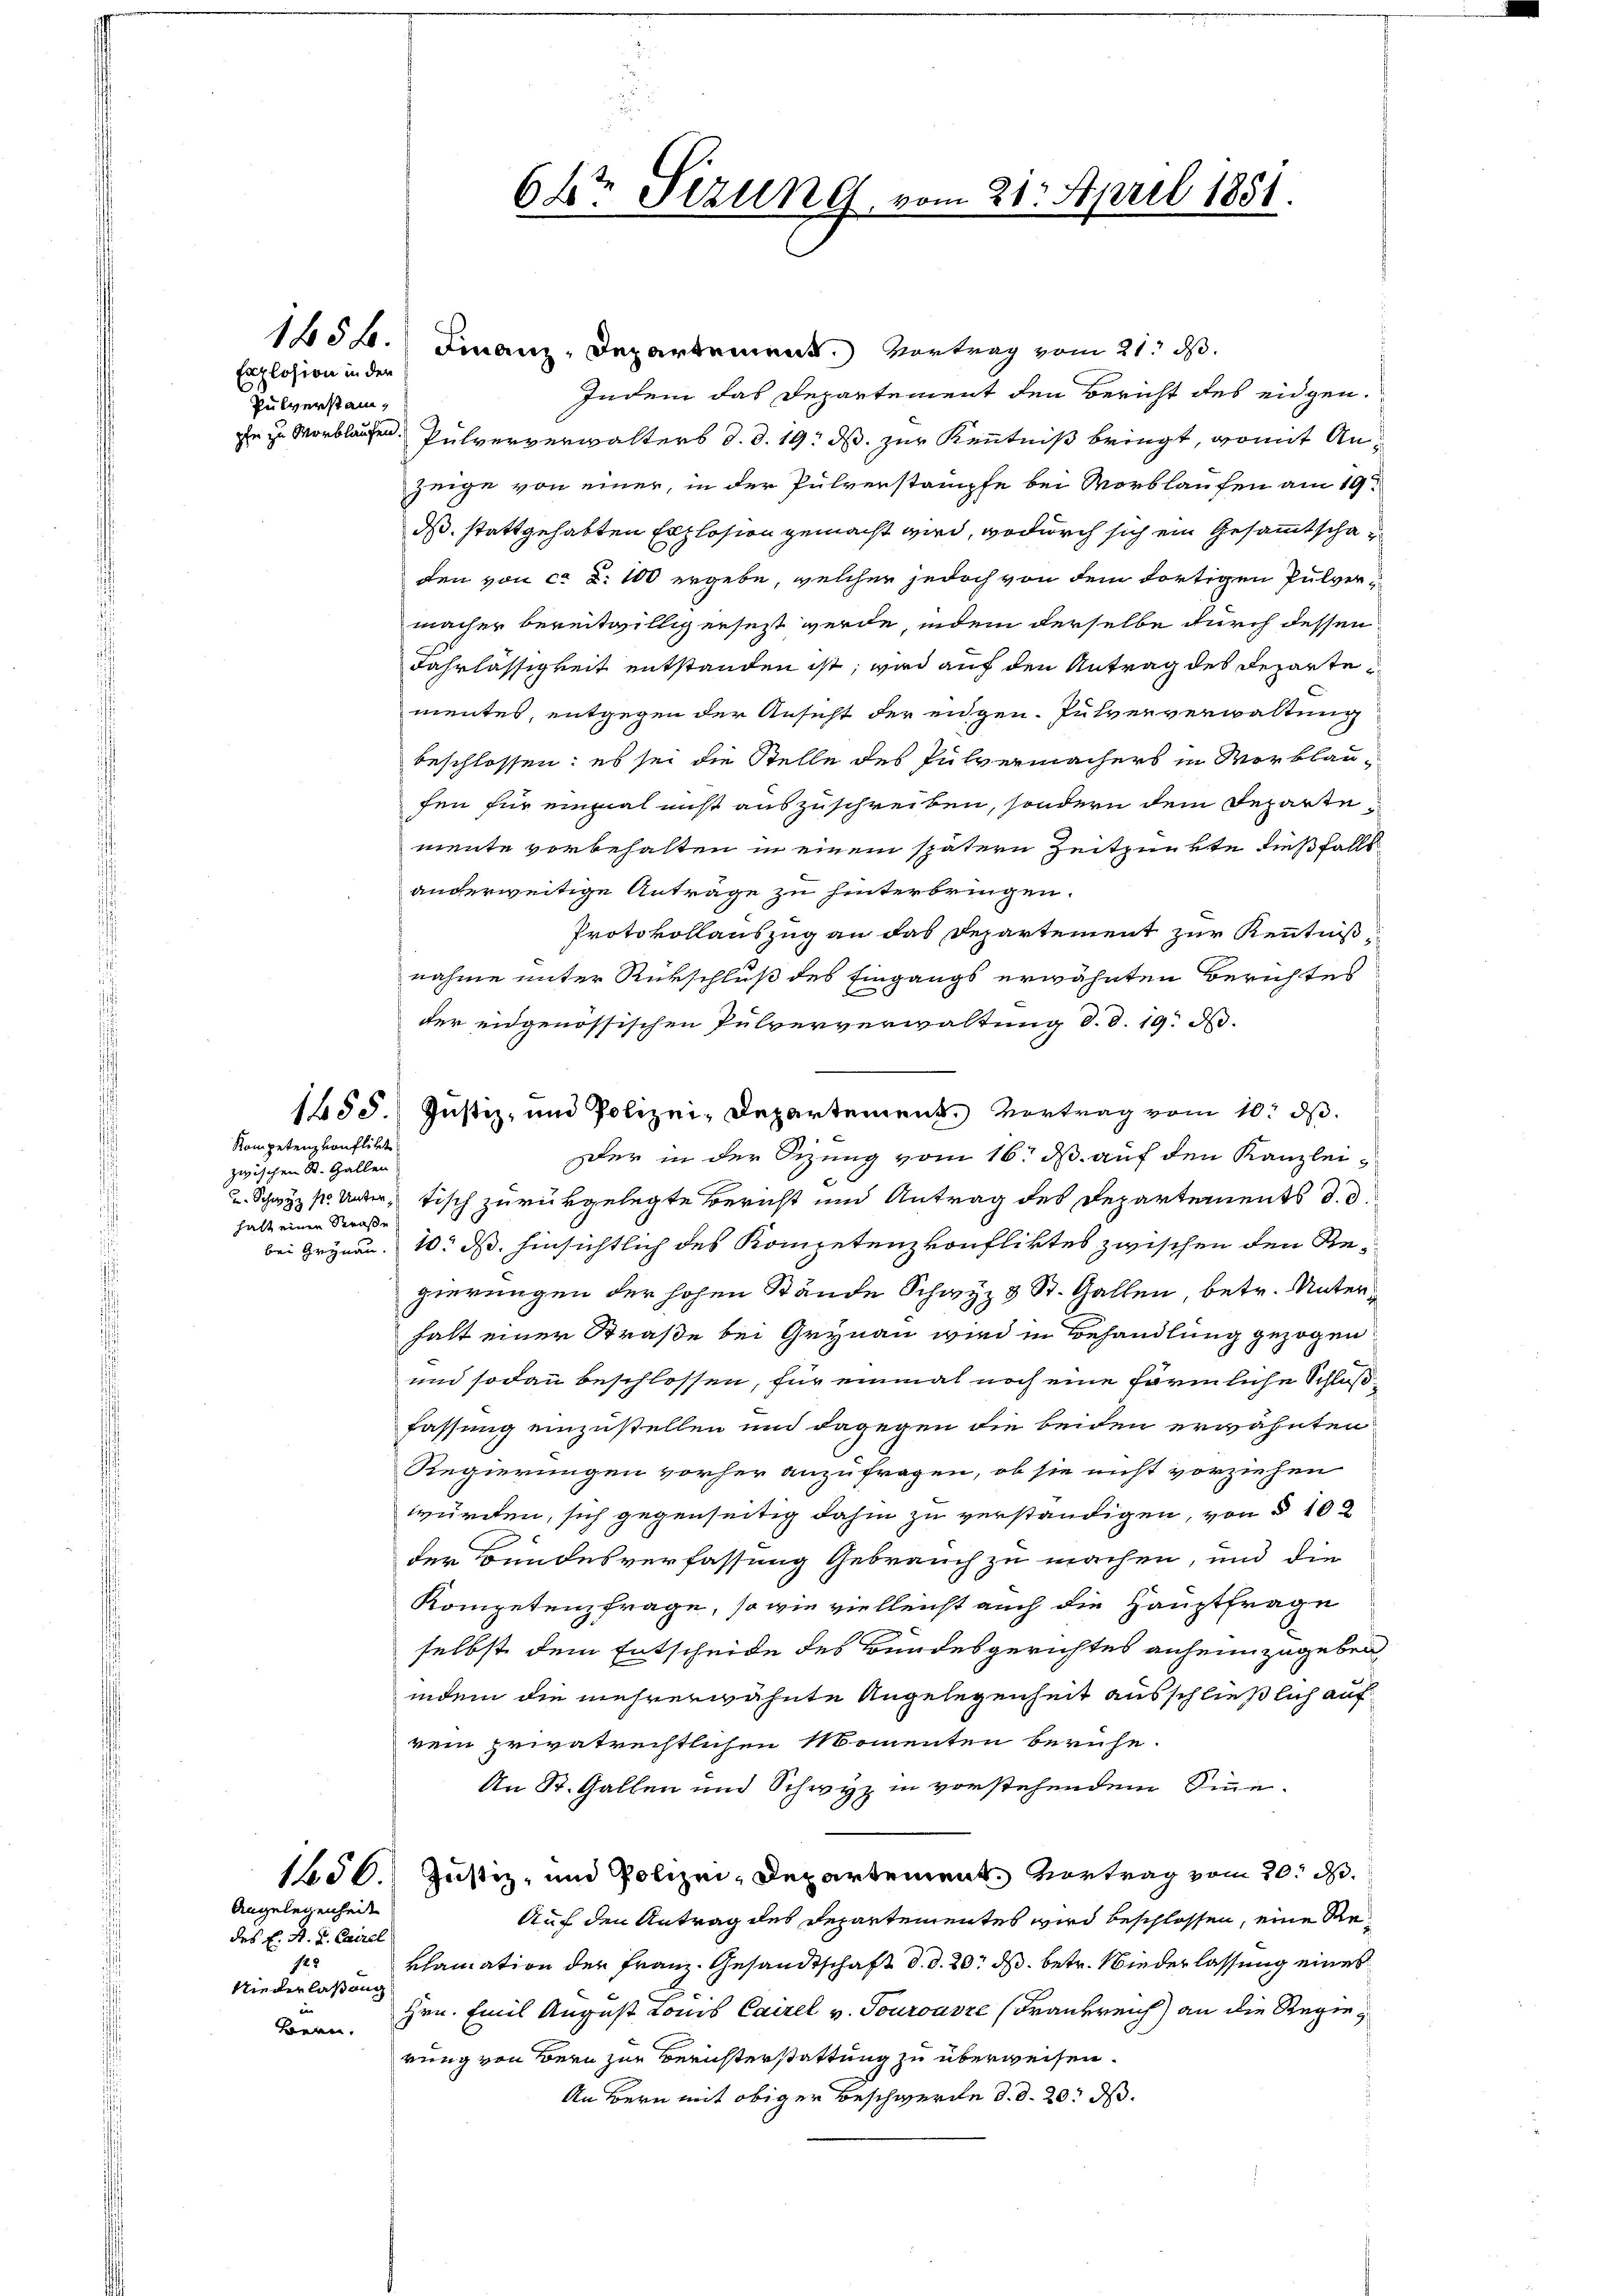
Explosion in der
Pulverstam

Kompetenz vonflikt
zwischen St. Gallen
halt einen Straße

des E. H. L. Cairel
128
Niederlaßung
Bern.

Angelegenheit

1456. Finanz-Departement. Vortrag vom 21. ds.
Indem das Departement den Bericht des eidgen.
Er zu verblaufen. Pulververwalters d. d. 19. ds. zur Kenntniß bringt, womit Anzeige von einer, in der Pulverstampfe bei Vorblaufen am 19.
ds. stattgehabten Explosion gemacht wird, wodurch sich ein Gesammtschaden von ca 2. 100 ergebe, welcher jedoch von dem dortigen Pulvermacher bereitwillig ersezt werde, indem derselbe durch dessen
Fahrlässigkeit entstanden ist; wird auf den Antrag des Departementes, entgegen der Ansicht der engen. Pulververwaltung
beschlossen: es sei die Stelle des Pulvermachers in Verklaufen für einmal nicht auszuschreiben, sondern dem Departe
mente vorbehalten in einem spätern Zeitpunkte dießfalls
anderweitige Anträge zu hinterbringen.
Protokollauszug an das Departement zur Kenntnißnahme unter Rürschluß des Eingangs erwähnten Berichtes
der eidgenössischen Pulververwaltung d. d. 19. d.
1455. Justiz- und Polizei-Departement. Vortrag vom 10. ds.
Der in der Sizung vom 16. ds. auf den Kanzlei-
u. Schwyz s. Unter Tisch zurükgelegte Bericht und Antrag des Departements d. d.
bei Grynau 10. ds. hinsichtlich des Kompetenzkonfliktes zwischen den Regierungen der hohen Stände Schwyz 3 St. Gallen, betr. Unterhalt einen Straße bei Grynau wird in Behandlung gezogen
und sodann beschlossen, für einmal noch eine förmliche Schlußfassung einzustellen und dagegen die beiden erwähnten
Regierungen vorher anzufragen, ob sie nicht vorziehen
würden, sich gegenseitig dahin zu verständigen, von § 103
der Bundesverfassung Gebrauch zu machen, und die
Kompetenzfrage, so wie vielleicht auch die Hauptfrage
selbst dem Entscheide des Bundesgerichtes anheimzugeben
indem die mehrerwähnte Angelegenheit ausschließlich auf
rein privatrechtlichen Momenten beruhe.
An St. Gallen und Schwyz in vorstehendem Sinne-
150. Justiz- und Polizei-Departement. Vortrag vom 20. d.
Auf den Antrag des Departementes wird beschlossen, eine Reklamation der Franz. Gesandtschaft d. d. 20. ds. betr. Wiederlassung eines
Hrn. Emil August Louis Cairel v. Touroasze (Frankreich an die Regierung von Bern zur Berichterstattung zu überweisen.
An Bern mit obiger Beschwerde d. d. 20. ds.

64te Sizung, vom 21. April 1851.